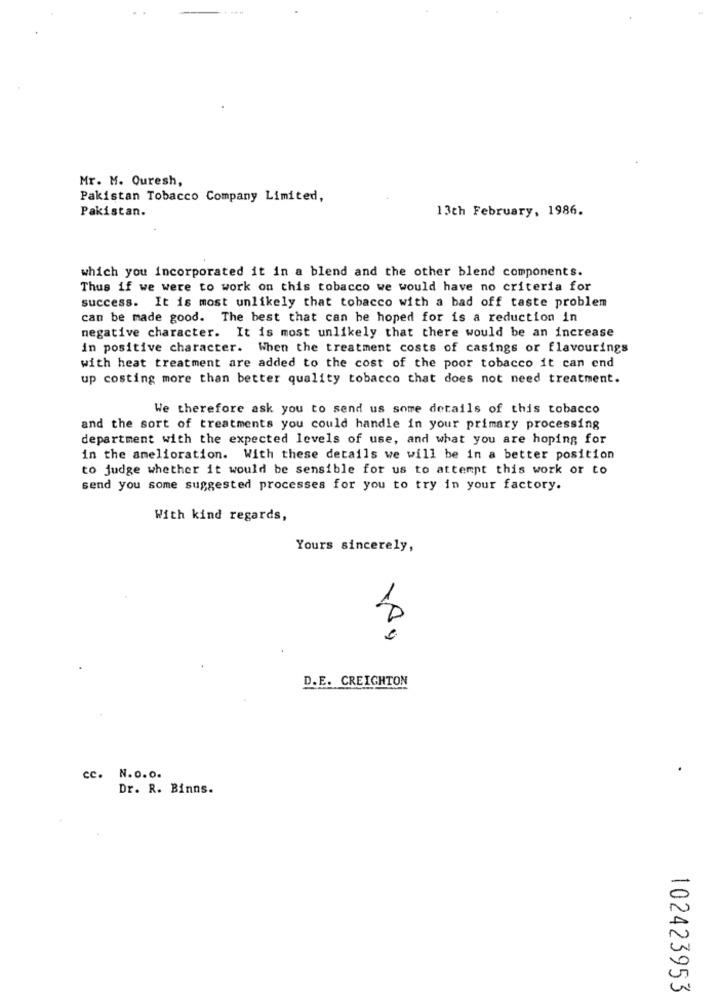
Mr. M. Quresh,
Pakistan Tobacco Company Limited,
Pakistan.
13th February, 1986.
which you incorporated it in a blend and the other blend components.
Thus if we were to work on this tobacco we would have no criteria for
success. It is most unlikely that tobacco with a bad off taste problem
can be made good. The best that can be hoped for is a reduction in
negative character. It is most unlikely that there would be an increase
in positive character. When the treatment costs of casings or flavourings
with heat treatment are added to the cost of the poor tobacco it can end
up costing more than better quality tobacco that does not need treatment.
We therefore ask you to send us some details of this tobacco
and the sort of treatments you could handle in your primary processing
department with the expected levels of use, and what you are hoping for
in the amelioration. With these details we will be in a better position
to judge whether it would be sensible for us to attempt this work or to
send you some suggested processes for you to try in your factory.
With kind regards,
Yours sincerely,
8
D.E. CREIGHTON
cc. N.o.o.
Dr. R. Binns.
102423953